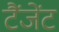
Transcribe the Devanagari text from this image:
टैंजेंट